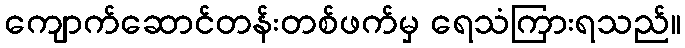
ကျောက်ဆောင်တန်းတစ်ဖက်မှ ရေသံကြားရသည်။